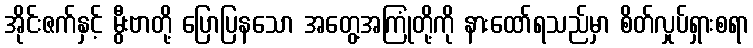
အိုင်းဇက်နှင့် မွီးဗာတို့ ပြောပြနသော အတွေ့အကြုံတို့ကို နားထော်ရသည်မှာ စိတ်လှုပ်ရှားစရာ